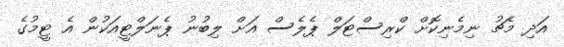
އަދި މެޗު ނިމެނިކޮށް ކްރިސްޓަލް ޕެލެސް އަށް ލިބުނު ޕެނަލްޓީއަކުން އެ ޓީމުގެ